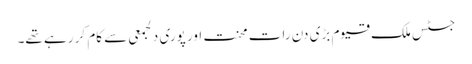
جسٹس ملک قیوم بڑی دن رات محنت اور پوری دلجمعی سے کام کر رہے تھے۔